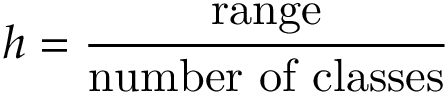
h = { \frac { \mathrm { r a n g e } } { \mathrm { n u m b e r ~ o f ~ c l a s s e s } } }